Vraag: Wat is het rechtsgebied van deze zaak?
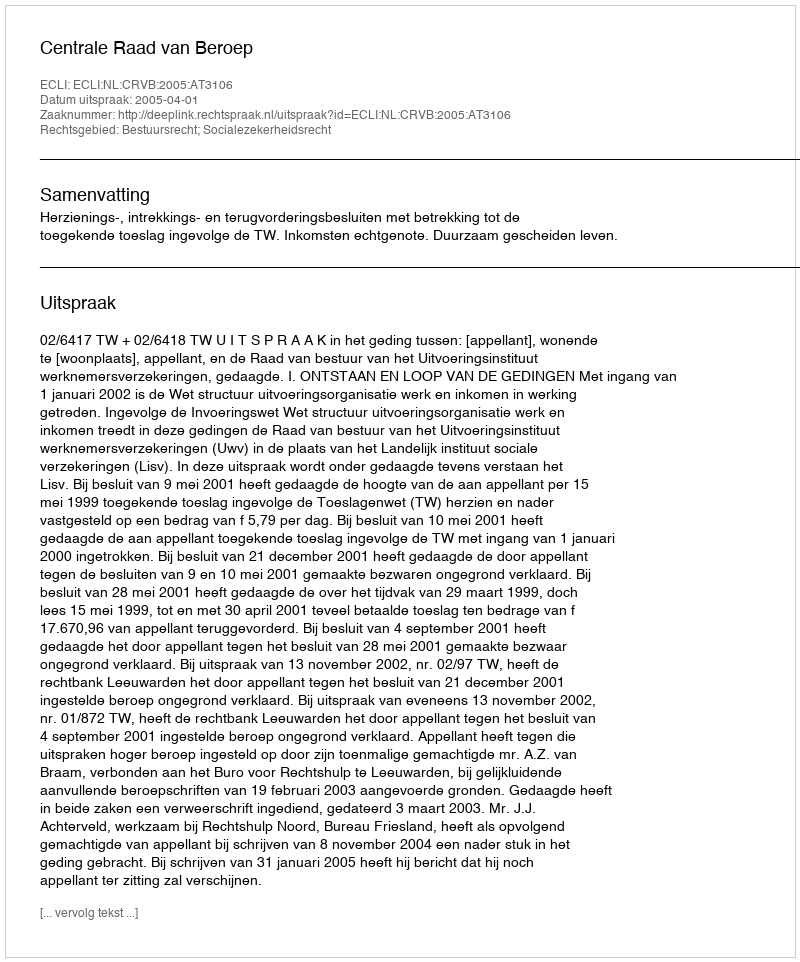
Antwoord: Bestuursrecht; Socialezekerheidsrecht